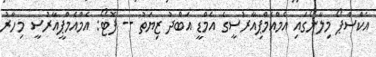
އެކްސްޕޯ މިލާނޯގައި އެމްއެމްޕިއާރުސީގެ އެމްޑީ އަބްދު ޒިޔަތު -- ފޮޓޯ: އެމްއެމްޕީއާރުސީ މިހާރު